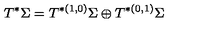
T ^ { * } \Sigma = T ^ { * ( 1 , 0 ) } \Sigma \oplus T ^ { * ( 0 , 1 ) } \Sigma